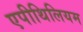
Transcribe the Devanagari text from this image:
एपीथिलियम